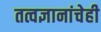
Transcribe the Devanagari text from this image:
तत्वज्ञानांचेही